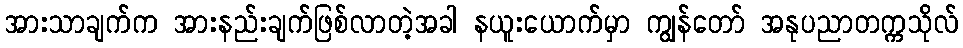
အားသာချက်က အားနည်းချက်ဖြစ်လာတဲ့အခါ နယူးယောက်မှာ ကျွန်တော် အနုပညာတက္ကသိုလ်